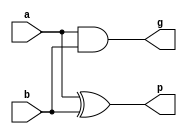
`timescale 1ns / 1ps
//////////////////////////////////////////////////////////////////////////////////
// Company: 
// 
// Design Name: 
// Module Name:    BIT PG & Group PG 
// Project Name:   Ripple Carry Adder
// Target Devices: 
// Tool versions: 
// Description: 
//
// Dependencies: 
//
// Revision: 
// Revision 0.01 - File Created
// Additional Comments: 
//
//////////////////////////////////////////////////////////////////////////////////

module BIT_PG(
	output p,
	output g,
	input a,
	input b );
	assign p = a ^ b;  // P_i=a_i XOR b_i; Propagate function 
	assign g = a & b;  // G_i=a_i AND b_i; Generate function
endmodule

module GROUP_PG(	
	output g_i_0,
	input g,
	input p,
	input g_0);	
	assign g_i_0 = g | (p & g_0); // G_i:0=G_i OR (P_i AND G_i-1:0)
endmodule